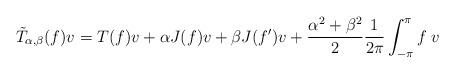
LaTeX: \begin{align*}\tilde{T}_{\alpha,\beta}(f)v = T(f)v + \alpha J(f)v + \beta J(f')v + \frac{\alpha^2+\beta^2}{2}\frac{1}{2\pi}\int_{-\pi}^{\pi}f\; v\end{align*}